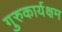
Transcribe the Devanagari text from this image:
गुरुकार्यक्षम